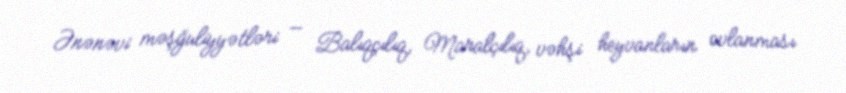
Ənənəvi məşğuliyyətləri — Balıqçılıq, Maralçılıq, vəhşi heyvanların ovlanması